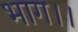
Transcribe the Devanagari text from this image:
भाग।।